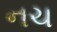
નચ